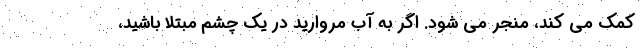
کمک می کند، منجر می شود. اگر به آب مروارید در یک چشم مبتلا باشید،